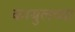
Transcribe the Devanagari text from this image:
काबुलच्या